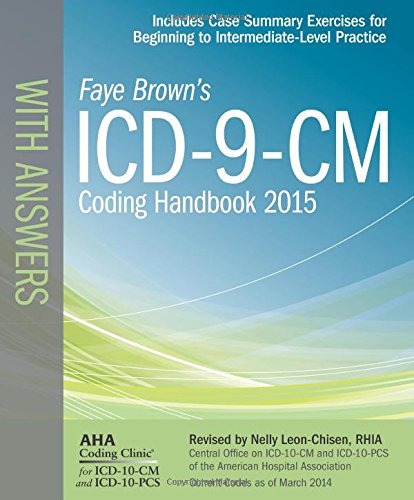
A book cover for ICD-9-CM Coding Handbook, with Answers, 2015 Rev. Ed. (ICD-9-CM Coding Handbook with Answers (Faye Brown's)); Faye Brown; Medical Books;